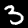
Label: 3